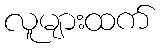
လူများထက်